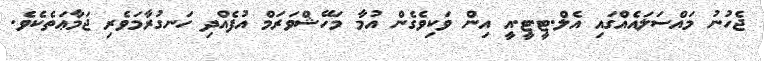
ޖެހުނު މައްސަލައެއްގައި އެލް.ޓީ.ޓީ.އީ އިން ވަކިވެގެން އުމާ މަހޭޝްވަރަމް އުފެއްދި ހަނގުރާމަވެރި ޖަމާޢަތެކެވެ.